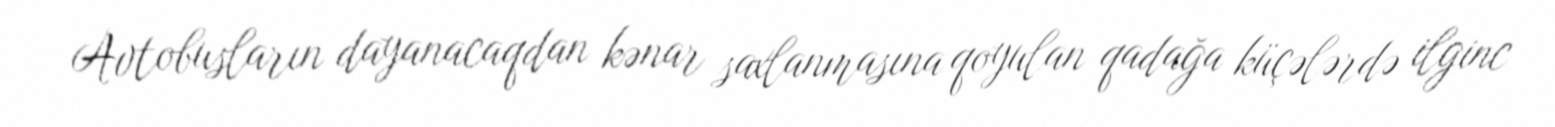
Avtobusların dayanacaqdan kənar saxlanmasına qoyulan qadağa küçələrdə ilginc